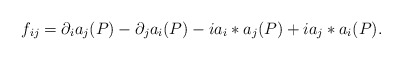
\begin{align*}f_{ij}=\partial_ia_j(P)-\partial_ja_i(P)-ia_i*a_j(P)+ia_j*a_i(P).\end{align*}